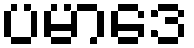
ပမာဒေ